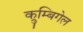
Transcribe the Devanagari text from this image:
क्रुम्बिगेल